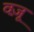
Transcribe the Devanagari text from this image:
वज़ू